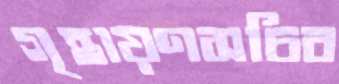
গৃহায়ণসচিব